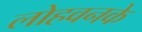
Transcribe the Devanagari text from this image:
लोहवनके